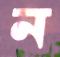
ন